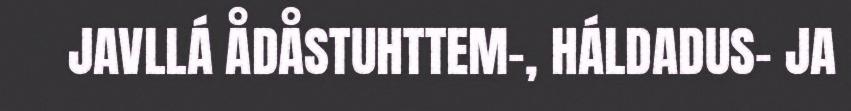
JAVLLÁ ÅDÅSTUHTTEM-, HÁLDADUS- JA